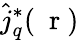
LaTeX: \hat{j}_{q}^{*}(\mathrm{~\mathbf~r~})